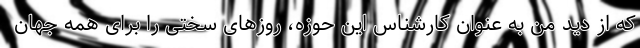
که از دید من به عنوان کارشناس این حوزه، روزهای سختی را برای همه جهان